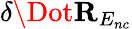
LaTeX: \delta\Dot{\mathbf{R}}_{E_{nc}}